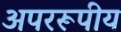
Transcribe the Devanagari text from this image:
अपररूपीय